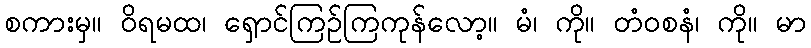
စကားမှ။ ဝိရမထ၊ ရှောင်ကြဉ်ကြကုန်လော့။ မံ၊ ကို။ တံဝစနံ၊ ကို။ မာ